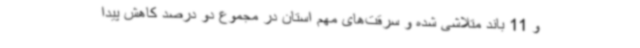
و 11 باند متلاشی شده و سرقت‌های مهم استان در مجموع دو درصد کاهش پیدا